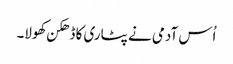
اُس آدمی نے پٹاری کا ڈھکن کھولا۔